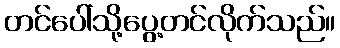
တင်ပေါ်သို့ပွေ့တင်လိုက်သည်။